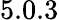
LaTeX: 5.0.3